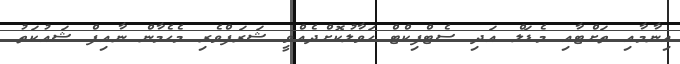
އިނާމާއި ތަށްޓާއި މެޑަލް އަދި ސެޓްފިކްޓް ހަވާލުކޮށްދެއްވީ ޝަރަފްވެރި މެހެމާން ނާއިފް ޝައުކަތު